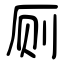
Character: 厕